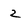
Character: 2